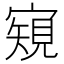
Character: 𡪽